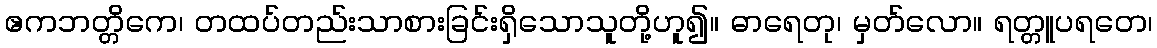
ဧကဘတ္တိကေ၊ တထပ်တည်းသာစားခြင်းရှိသောသူတို့ဟူ၍။ ဓာရေတု၊ မှတ်လော။ ရတ္တူပရတေ၊